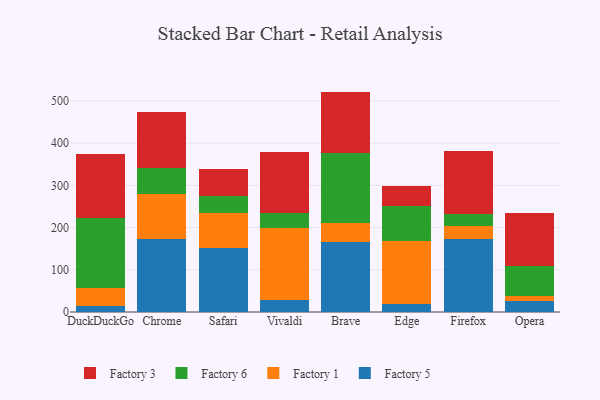
{"axis": {"x": "Browser", "y": "Energy Usage (MWh)"}, "legend": ["Factory 1", "Factory 3", "Factory 5", "Factory 6"], "data": [{"x": "DuckDuckGo", "y": 14.8, "type": "Factory 5"}, {"x": "DuckDuckGo", "y": 42.0, "type": "Factory 1"}, {"x": "DuckDuckGo", "y": 166.2, "type": "Factory 6"}, {"x": "DuckDuckGo", "y": 150.9, "type": "Factory 3"}, {"x": "Chrome", "y": 172.4, "type": "Factory 5"}, {"x": "Chrome", "y": 107.0, "type": "Factory 1"}, {"x": "Chrome", "y": 61.6, "type": "Factory 6"}, {"x": "Chrome", "y": 133.0, "type": "Factory 3"}, {"x": "Safari", "y": 150.9, "type": "Factory 5"}, {"x": "Safari", "y": 83.3, "type": "Factory 1"}, {"x": "Safari", "y": 39.6, "type": "Factory 6"}, {"x": "Safari", "y": 64.0, "type": "Factory 3"}, {"x": "Vivaldi", "y": 29.3, "type": "Factory 5"}, {"x": "Vivaldi", "y": 170.5, "type": "Factory 1"}, {"x": "Vivaldi", "y": 34.7, "type": "Factory 6"}, {"x": "Vivaldi", "y": 143.7, "type": "Factory 3"}, {"x": "Brave", "y": 166.0, "type": "Factory 5"}, {"x": "Brave", "y": 45.4, "type": "Factory 1"}, {"x": "Brave", "y": 164.2, "type": "Factory 6"}, {"x": "Brave", "y": 146.4, "type": "Factory 3"}, {"x": "Edge", "y": 18.3, "type": "Factory 5"}, {"x": "Edge", "y": 149.4, "type": "Factory 1"}, {"x": "Edge", "y": 83.9, "type": "Factory 6"}, {"x": "Edge", "y": 46.4, "type": "Factory 3"}, {"x": "Firefox", "y": 173.3, "type": "Factory 5"}, {"x": "Firefox", "y": 29.5, "type": "Factory 1"}, {"x": "Firefox", "y": 29.5, "type": "Factory 6"}, {"x": "Firefox", "y": 149.1, "type": "Factory 3"}, {"x": "Opera", "y": 26.7, "type": "Factory 5"}, {"x": "Opera", "y": 10.9, "type": "Factory 1"}, {"x": "Opera", "y": 71.0, "type": "Factory 6"}, {"x": "Opera", "y": 125.3, "type": "Factory 3"}]}